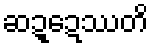
ဆဍ္ဍေဿတိ